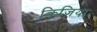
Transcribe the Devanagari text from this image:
क्रिजिया